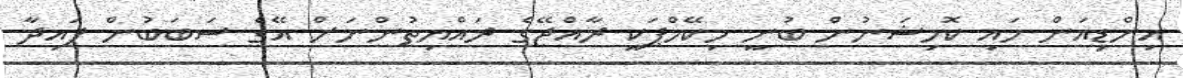
އިންޑިއަން ހައި ކޮމިޝަނުން ބުނީ މިކޭމްޕަކީ ރާއްޖޭގެ ރައްޔިތުންނަށް އޭގެ ސަބަބުން ފައިދާ